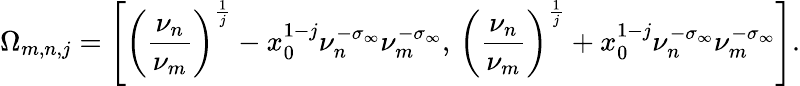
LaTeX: \Omega_{m,n,j}=\left[\left(\frac{\nu_{n}}{\nu_{m}}\right)^{\frac{1}{j}}-x_{0}^{1-j}\nu_{n}^{-\sigma_{\infty}}\nu_{m}^{-\sigma_{\infty}},\, \left(\frac{\nu_{n}}{\nu_{m}}\right)^{\frac{1}{j}}+x_{0}^{1-j}\nu_{n}^{-\sigma_{\infty}}\nu_{m}^{-\sigma_{\infty}}\right].